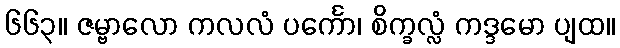
၆၆၃။ ဇမ္ဗာလော ကလလံ ပင်္ကော၊ စိက္ခလ္လံ ကဒ္ဒမော ပျထ။